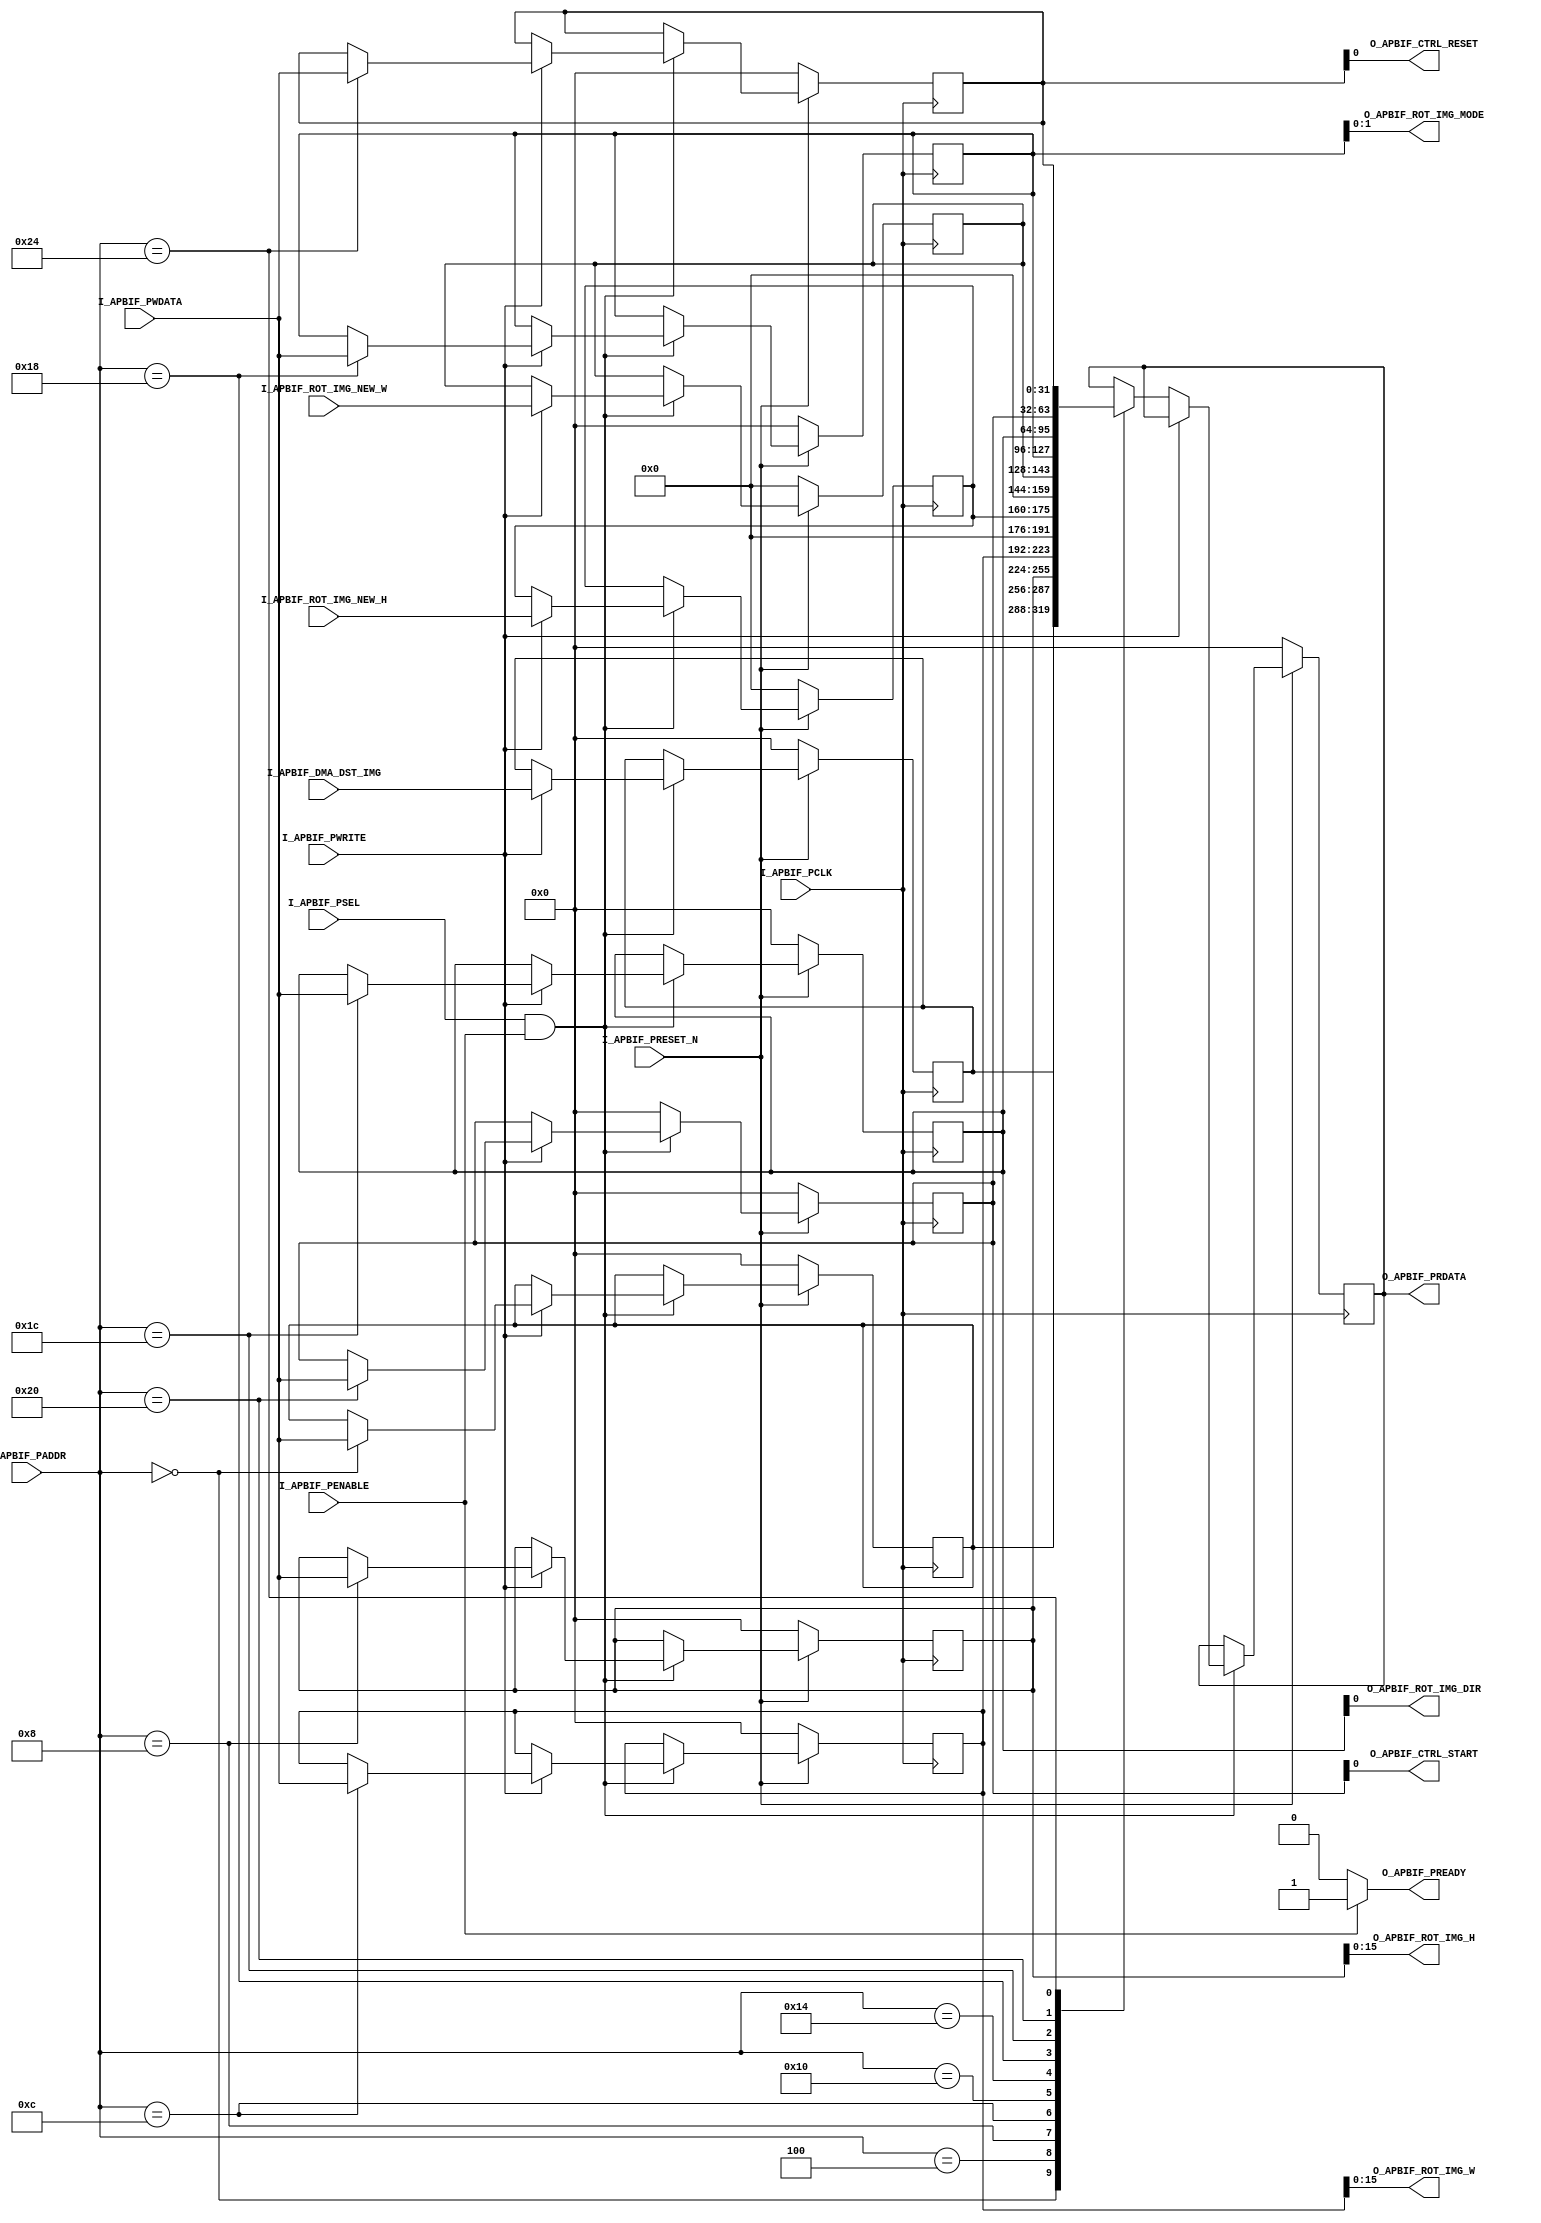
`timescale 1ns/1ps

module apbif (
    output reg O_APBIF_PREADY,


    output [15:0] O_APBIF_ROT_IMG_H,
    output [15:0] O_APBIF_ROT_IMG_W,
    output [1:0] O_APBIF_ROT_IMG_MODE,
    output O_APBIF_ROT_IMG_DIR,
    output O_APBIF_CTRL_START,
    output O_APBIF_CTRL_RESET,
    output [31:0] O_APBIF_PRDATA,
    //output reg INTERRUPT

    input [31:0] I_APBIF_PADDR,
    input [31:0] I_APBIF_PWDATA,
    input [31:0] I_APBIF_DMA_DST_IMG,
    input [15:0] I_APBIF_ROT_IMG_NEW_H,
    input [15:0] I_APBIF_ROT_IMG_NEW_W,
    input I_APBIF_PSEL,
    input I_APBIF_PENABLE,
    input I_APBIF_PWRITE,
    input I_APBIF_PRESET_N,
    input I_APBIF_PCLK
);

//reg [7:0] REGISTER_FILE [59:0];
reg [31:0] read_data;
reg [31:0] reg_dma_src_img;
reg [31:0] reg_dma_dst_img;
reg [31:0] reg_rot_img_h;
reg [31:0] reg_rot_img_w;
reg [15:0] reg_rot_img_new_h;
reg [15:0] reg_rot_img_new_w;
reg [31:0] reg_rot_img_mode;
reg [31:0] reg_rot_img_dir;
reg [31:0] reg_ctrl_start;
reg [31:0] reg_ctrl_reset;
//reg [31:0] reg_ctrl_intr_mask;
//reg [31:0] reg_ctrl_bef_mask;
//reg [31:0] reg_ctrl_aft_mask;
//reg [31:0] reg_intr_clear;

parameter 
P_DMA_SRC_IMG = 32'h0000_0000,
P_DMA_DST_IMG = 32'h0000_0004,
P_ROT_IMG_H = 32'h0000_0008,
P_ROT_IMG_W = 32'h0000_000c,
P_ROT_IMG_NEW_H = 32'h0000_0010,
P_ROT_IMG_NEW_W = 32'h0000_0014,
P_ROT_IMG_MODE = 32'h0000_0018, 
P_ROT_IMG_DIR = 32'h0000_001c,
P_CTRL_START = 32'h0000_0020,
P_CTRL_RESET = 32'h0000_0024;
//P_CTRL_INTR_MASK = 32'h0000_0028,
//P_CTRL_BEF_MASK = 32'h0000_002c,
//P_CTRL_AFT_MASK = 32'h0000_0030,
//P_INTR_CLEAR = 32'h0000_0032;

assign O_APBIF_PRDATA = read_data;


assign O_APBIF_ROT_IMG_H = reg_rot_img_h[15:0];
assign O_APBIF_ROT_IMG_W = reg_rot_img_w[15:0];
assign O_APBIF_ROT_IMG_MODE = reg_rot_img_mode[1:0];
assign O_APBIF_ROT_IMG_DIR = reg_rot_img_dir[0];
assign O_APBIF_CTRL_START = reg_ctrl_start[0];
assign O_APBIF_CTRL_RESET = reg_ctrl_reset[0];

always @(*)
    if (I_APBIF_PENABLE)
        O_APBIF_PREADY = 1;
    else 
        O_APBIF_PREADY = 0;

always @(posedge I_APBIF_PCLK)
    if (!I_APBIF_PRESET_N) begin
	reg_dma_src_img <= 31'H0000_0000;
	reg_dma_dst_img <= 31'H0000_0000;
	reg_rot_img_h <= 31'H0000_0000;
	reg_rot_img_w <= 31'H0000_0000;
	reg_rot_img_new_h <= 31'H0000_0000;
	reg_rot_img_new_w <= 31'H0000_0000;
	reg_rot_img_mode <= 31'H0000_0000;
	reg_rot_img_dir <= 31'H0000_0000;
	reg_ctrl_start <= 31'H0000_0000;
	reg_ctrl_reset <= 31'H0000_0000;
	//reg_ctrl_intr_mask <= 31'H0000_0000;
	//reg_ctrl_bef_mask <= 31'H0000_0000;
	//reg_ctrl_aft_mask <= 31'H0000_0000;
	//reg_intr_clear <= 31'H0000_0001;
	read_data <= 31'h0000_0000;
    end
    else
	if (I_APBIF_PSEL && I_APBIF_PENABLE)
	    if (I_APBIF_PWRITE) begin
		read_data <= read_data;
		reg_dma_dst_img <= I_APBIF_DMA_DST_IMG;
		reg_rot_img_new_h <= I_APBIF_ROT_IMG_NEW_H;
		reg_rot_img_new_w <= I_APBIF_ROT_IMG_NEW_W;
		//reg_ctrl_bef_mask <= ;
		//reg_ctrl_aft_mask <= ;
		case (I_APBIF_PADDR)
		    P_DMA_SRC_IMG:
			reg_dma_src_img <= I_APBIF_PWDATA;
		    //P_DMA_DST_IMG:
		    //    REG_DMA_DST_IMG <= I_APBIF_PWDATA;
		    P_ROT_IMG_H:
			reg_rot_img_h <= I_APBIF_PWDATA;
		    P_ROT_IMG_W:
			reg_rot_img_w <= I_APBIF_PWDATA;
		    //P_ROT_IMG_NEW_H:
		    //    REG_ROT_IMG_NEW_H <= I_APBIF_PWDATA;
		    //P_ROT_IMG_NEW_W:
		    //    REG_ROT_IMG_NEW_W <= I_APBIF_PWDATA;
		    P_ROT_IMG_MODE:
			reg_rot_img_mode <= I_APBIF_PWDATA;
		    P_ROT_IMG_DIR:
			reg_rot_img_dir <= I_APBIF_PWDATA;
		    P_CTRL_START:
			reg_ctrl_start <= I_APBIF_PWDATA;
		    P_CTRL_RESET:
			reg_ctrl_reset <= I_APBIF_PWDATA;
	//	    P_CTRL_INTR_MASK:
	//		reg_ctrl_intr_mask <= I_APBIF_PWDATA;
		    //P_CTRL_BEF_MASK:
		    //    REG_CTRL_BEF_MASK <= I_APBIF_PWDATA;
		    //P_CTRL_AFT_MASK:
		    //    REG_CTRL_AFT_MASK <= I_APBIF_PWDATA;
		    //P_INTR_CLEAR:
			//reg_intr_clear <= I_APBIF_PWDATA;
		    default:
			begin
			    reg_dma_src_img <= reg_dma_src_img;
			    reg_rot_img_h <= reg_rot_img_h;
			    reg_rot_img_w <= reg_rot_img_w;
			    reg_rot_img_mode <= reg_rot_img_mode;
			    reg_rot_img_dir <= reg_rot_img_dir;
			    reg_ctrl_start <= reg_ctrl_start;
			    reg_ctrl_reset <= reg_ctrl_reset;
	//		    reg_ctrl_intr_mask <= reg_ctrl_intr_mask;
	//		    reg_ctrl_bef_mask <= reg_ctrl_bef_mask;
	//		    reg_ctrl_aft_mask <= reg_ctrl_aft_mask;
			    //reg_intr_clear <= reg_intr_clear;
			end
		endcase
	    end
	    else 
		case (I_APBIF_PADDR)
		    P_DMA_SRC_IMG:
			read_data <= reg_dma_src_img;
		    P_DMA_DST_IMG:
			read_data <= reg_dma_dst_img;
		    P_ROT_IMG_H:
			read_data <= reg_rot_img_h;
		    P_ROT_IMG_W:
			read_data <= reg_rot_img_w;
		    P_ROT_IMG_NEW_H:
			read_data <= {16'h0000, reg_rot_img_new_h};
		    P_ROT_IMG_NEW_W:
			read_data <= {16'h0000, reg_rot_img_new_w};
		    P_ROT_IMG_MODE:
			read_data <= reg_rot_img_mode;
		    P_ROT_IMG_DIR:
			read_data <= reg_rot_img_dir;
		    P_CTRL_START:
			read_data <= reg_ctrl_start;
		    P_CTRL_RESET:
			read_data <= reg_ctrl_reset;
	//	    P_CTRL_INTR_MASK:
	//		read_data <= reg_ctrl_intr_mask;
	//	    P_CTRL_BEF_MASK:
	//		read_data <= reg_ctrl_bef_mask;
	//	    P_CTRL_AFT_MASK:
	//		read_data <= reg_ctrl_aft_mask;
		    //P_INTR_CLEAR:
		    //    read_data <= read_data;
		    default:
			read_data <= read_data;
		endcase
	else begin 
	    read_data <= read_data;
	    reg_dma_src_img <= reg_dma_src_img;
	    reg_dma_dst_img <= reg_dma_dst_img;
	    reg_rot_img_h <= reg_rot_img_h;
	    reg_rot_img_w <= reg_rot_img_w;
	    reg_rot_img_new_h <= reg_rot_img_new_h;
	    reg_rot_img_new_w <= reg_rot_img_new_w;
	    reg_rot_img_mode <= reg_rot_img_mode;
	    reg_rot_img_dir <= reg_rot_img_dir;
	    reg_ctrl_start <= 31'H0000_0000;
	    reg_ctrl_reset <= reg_ctrl_reset;
	//    reg_ctrl_intr_mask <= reg_ctrl_intr_mask;
	//    reg_ctrl_bef_mask <= reg_ctrl_bef_mask;
	//    reg_ctrl_aft_mask <= reg_ctrl_aft_mask;
	    //reg_intr_clear <= reg_intr_clear;
	end

endmodule